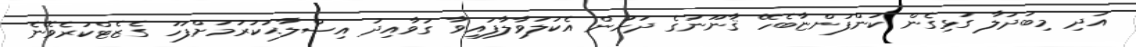
އަދި މިބަދަލާ ގުޅިގެން ކުންފުންޏާބެހޭ ޤާނޫނުގެ ދަށުން އެކުލަވާލާފައިވާ ގަވާއިދު އިޞްލާޙުކުރުމަށްފަހު ގެޒެޓްކުރެވޭނެ